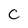
Character: C